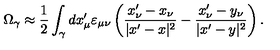
\Omega _ { \gamma } \approx \frac { 1 } { 2 } \int _ { \gamma } d x _ { \mu } ^ { \prime } \varepsilon _ { \mu \nu } \left( \frac { x _ { \nu } ^ { \prime } - x _ { \nu } } { | x ^ { \prime } - x | ^ { 2 } } - \frac { x _ { \nu } ^ { \prime } - y _ { \nu } } { | x ^ { \prime } - y | ^ { 2 } } \right) .